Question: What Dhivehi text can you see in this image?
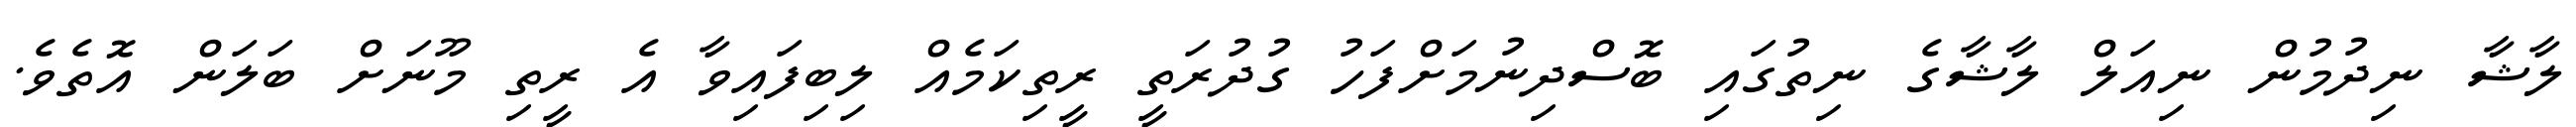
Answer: ލާޝާ ނިދުމުން ނިއަލް ލާޝާގެ ނިތުގައި ބޮސްދިނުމަށްފަހު ގުދުރަތީ ރީތިކަމެއް ލިބިފައިވާ އެ ރީތި މޫނަށް ބަލަން އޮތެވެ.